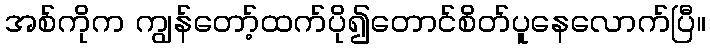
အစ်ကိုက ကျွန်တော့်ထက်ပို၍တောင်စိတ်ပူနေလောက်ပြီ။